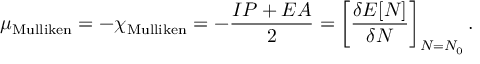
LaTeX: \mu _ { \mathrm { M u l l i k e n } } = - \chi _ { \mathrm { M u l l i k e n } } = - { \frac { I P + E A } { 2 } } = \left[ { \frac { \delta E [ N ] } { \delta N } } \right] _ { N = N _ { 0 } } .